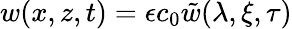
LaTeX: w(x,z,t)=\epsilon c_{0}\tilde{w}(\lambda,\xi,\tau)